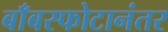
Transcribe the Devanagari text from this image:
बाँबस्फोटानंतर